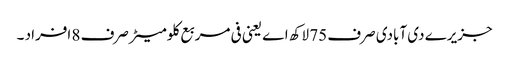
جزیرے دی آبادی صرف 75 لاکھ اے یعنی فی مربع کلومیٹر صرف 8 افراد ۔